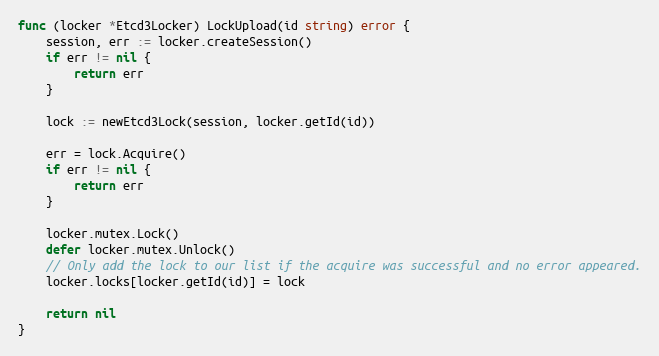
Language: Go
func (locker *Etcd3Locker) LockUpload(id string) error {
	session, err := locker.createSession()
	if err != nil {
		return err
	}

	lock := newEtcd3Lock(session, locker.getId(id))

	err = lock.Acquire()
	if err != nil {
		return err
	}

	locker.mutex.Lock()
	defer locker.mutex.Unlock()
	// Only add the lock to our list if the acquire was successful and no error appeared.
	locker.locks[locker.getId(id)] = lock

	return nil
}